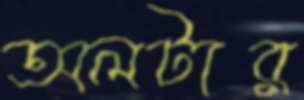
অলটার